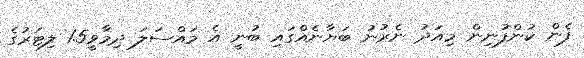
ފެން ކުންފުނިން މިއަދު ނެރުނު ބަޔާނެއްގައި ބުނީ އެ މައްސަލަ ދިމާވީ1.5 ލިޓަރުގެ